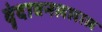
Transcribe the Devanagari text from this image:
वृंदावनललाल